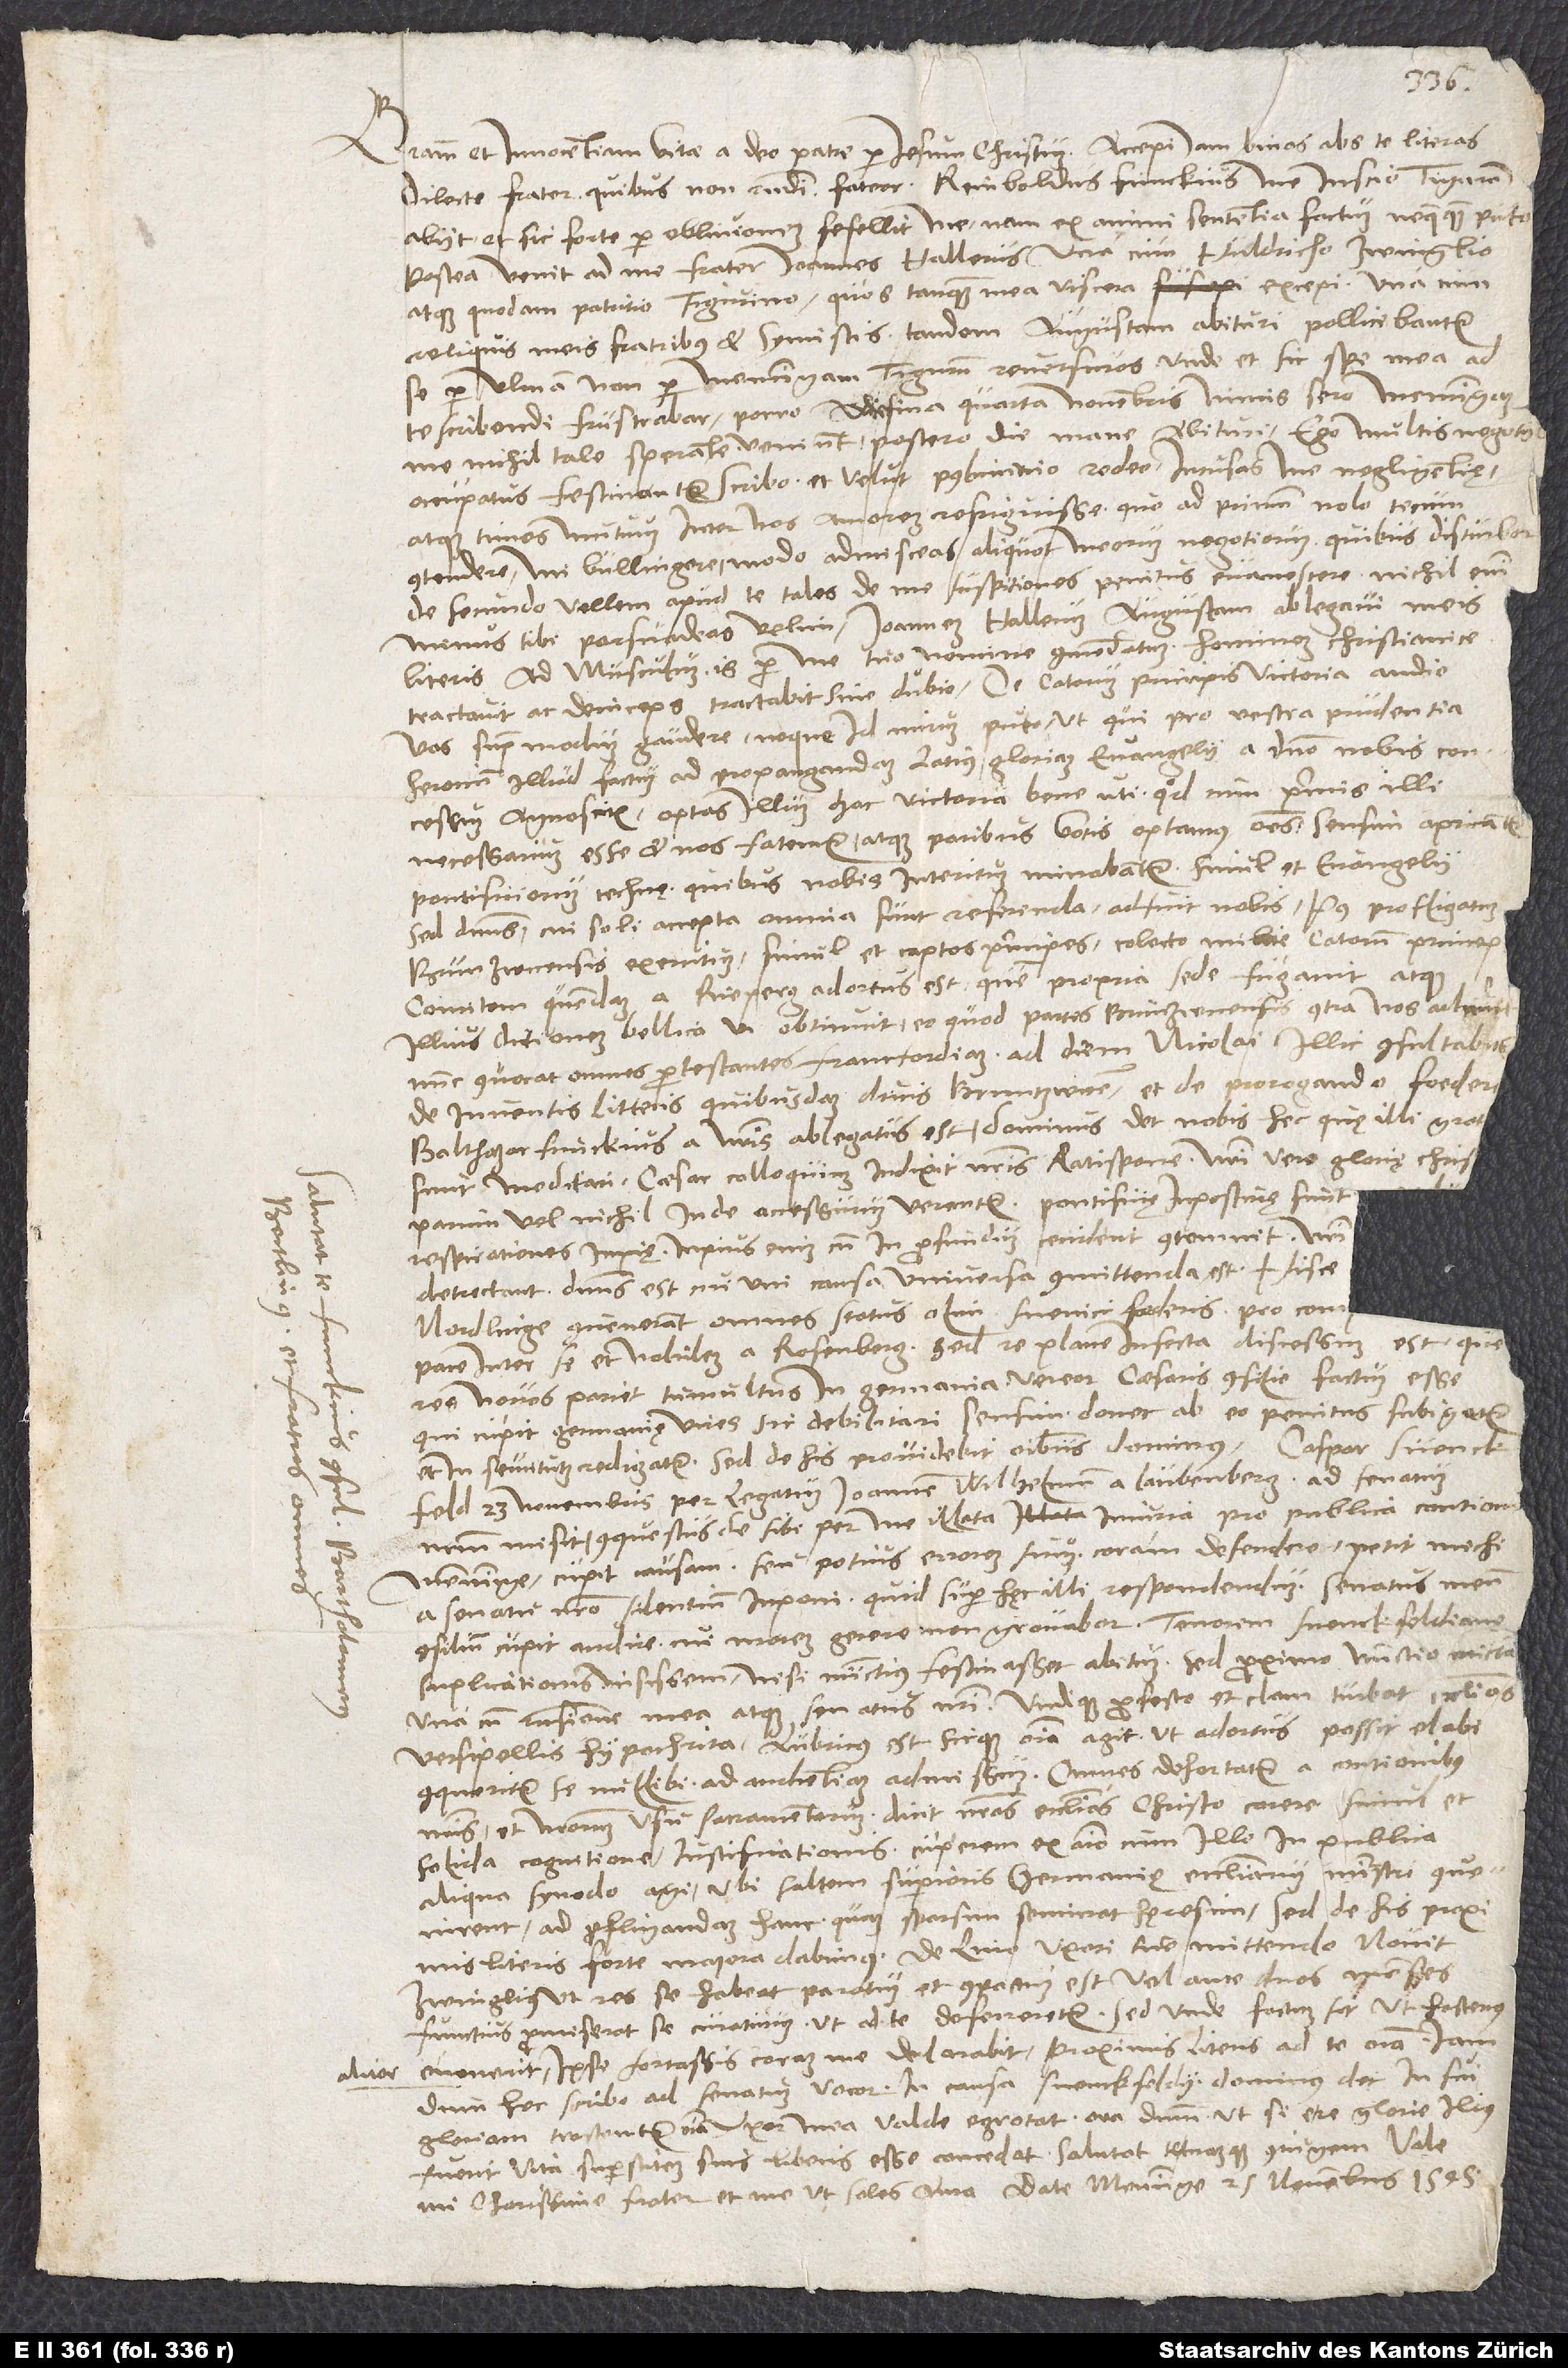
aliter

Gratiam et innocentiam vitae a deo patre per Iesum Christum. Accepi iam binas abs te literas,
dilecte frater, quibus non respondi, fateor. Reinboldus Funckius me inscio Tigurum
abiit et sic forte per oblivionem fefellit me; nam ex animi sententia factum nequaquam puto.
Postea venit ad me frater Ioannes Hallerus una cum Huldricho Zwinglio
atque quodam patritio Tigurino, quos tanquam mea viscera excepi una cum
reliquis meis fratribus et symistis. Tandem Augustam abituri pollicebantur
se per Ulmam, non per Memmingam Tigurum reversuros, unde et sic spe mea ad
te scribendi frustrabar. Porro decima quarta novembris nimis sero Memmingam
me nihil tale sperante veniunt, postero die mane abituri. Ego multis negotiis
occupatus festinanter scribo et velut postliminio redeo. Incusas me negligentię
atque times mutuum inter nos amorem refriguisse. Quoad primum nolo tecum
contendere, mi Bullingere, modo admisceas aliquot meorum negotiorum, quibus disturbor.
De secundo vellem apud te tales de me suspitiones penitus evanescere; nichil enim
minus tibi persuadeas velim. Ioannem Hallerum Augustam ablegavi meis
literis ad Musculum; is per me tuo nomine commendatum hominem christianice
tractavit ac deinceps tractabit sine dubio. De Catorum principis victoria audio
vos supra modum gaudere neque id mirum puto, ut qui pro vestra prudentia
heroicum illud factum ad propagandam latius gloriam evangelii a domino nobis concessum
agnoscitis. Optas illum hac victoria bene uti, quod cum primis illi
necessarium esse et nos fatemur atque paribus votis optamus omnes. Sensim apricantur
pontificiorum technę, quibus nobis interitum minabantur simul et evangelii;
sed dominus, cui soli accepta omnia sunt referenda, adfuit nobis. Post profligatum
Brunzwicensis exercitum, simul et captos principes, colecto milite Catorum princeps
comitem quendam a Rieperg adortus est, quem propria sede fugavit atque
illius ditionem bellica vi obtinuit, eo quod partes Brunzwicensis contra nos adiuvit.
Nunc convocat omnes protestantes Francfordiam ad diem Nicolai. Illic consultabitur
de inventis litteris quibusdam ducis Bruntzwicensis et de prorogando foeder
sunt, meditari. Caesar colloquium indixit nostris Ratispone; nostri vero glorię Chris
detrectant. Dominus est, cui uni causa universa committenda est. Hisce
pace inter se et nobilem a Rosenberg. Sed re plane infecta discessum est; que
res novos pariet tumultus in Germania. Vereor caesaris consilio factum esse,
qui cupit Germanię vires sic debilitari sensim, donec ab eo penitus subigatur
et in servitutem redigatur. Sed de his providebit omnibus dominus. Caspar Svenckfeld
23. novembris per legatum Ioannem Wilhelmum a Laubenberg ad senatum
nostrum misit conquestus de sibi per me illata iniuria pro publica contione
Memminge. Cupit causam seu potius errorem suum coram defendere. Petit michi
a senatu nostro silentium imponi. Quid super hęc illi respondendum, senatus meum
consilium cupit audire, cui morem gerere non gravabor. Tenorem Svenckfeldianę
suplicationis misissem, nisi nunctius festinasset abitum, sed proximo nunctio mittam
una cum responsione mea atque senatus nostri. Undique profecto et clam turbat ecclesias
versipellis hypochrita. Lubricus est sicque omnia agit, ut adortus possit elabi.
Conqueritur se nullibi ad audientiam admissum. Omnes dehortatur a contionibus
et nostrorum usu sacramentorum. Dicit nostras ecclesias Christo carere simul et
solida cognitione iustificationis. Cuperem ex animo cum illo in publica
aliqua synodo agi, ubi saltem superioris Germanię ecclesiarum ministri
convenirent ad profligandam hanc, quam sparsim seminat, hęresim. Sed de his proximis
literis forte maiora dabimus. De lino uxori tue mittendo novit
Zwinglius, ut res se habeat. Paratum et compactum est vel ante duos menses.
Functius promiserat se curaturum, ut ad te deferretur; sed unde factum sit, ut hactenus
evenerit, ipse fortassis coram me declarabit. Proximis literis ad te omnia. Iam,
dum hec scribo, ad senatum vocor in causa Svenckfeldii. Dominus det, ut
gloriam tractentur omnia! Uxor mea valde egrotat. Ora dominum, ut, si e re glorie illius
fuerit, vita superstitem suis liberis esse concedat. Salutat te tuamque coniugem. Vale,
mi charissime frater, et me, ut soles, ama. Date Memminge, 25. novembris 1545.